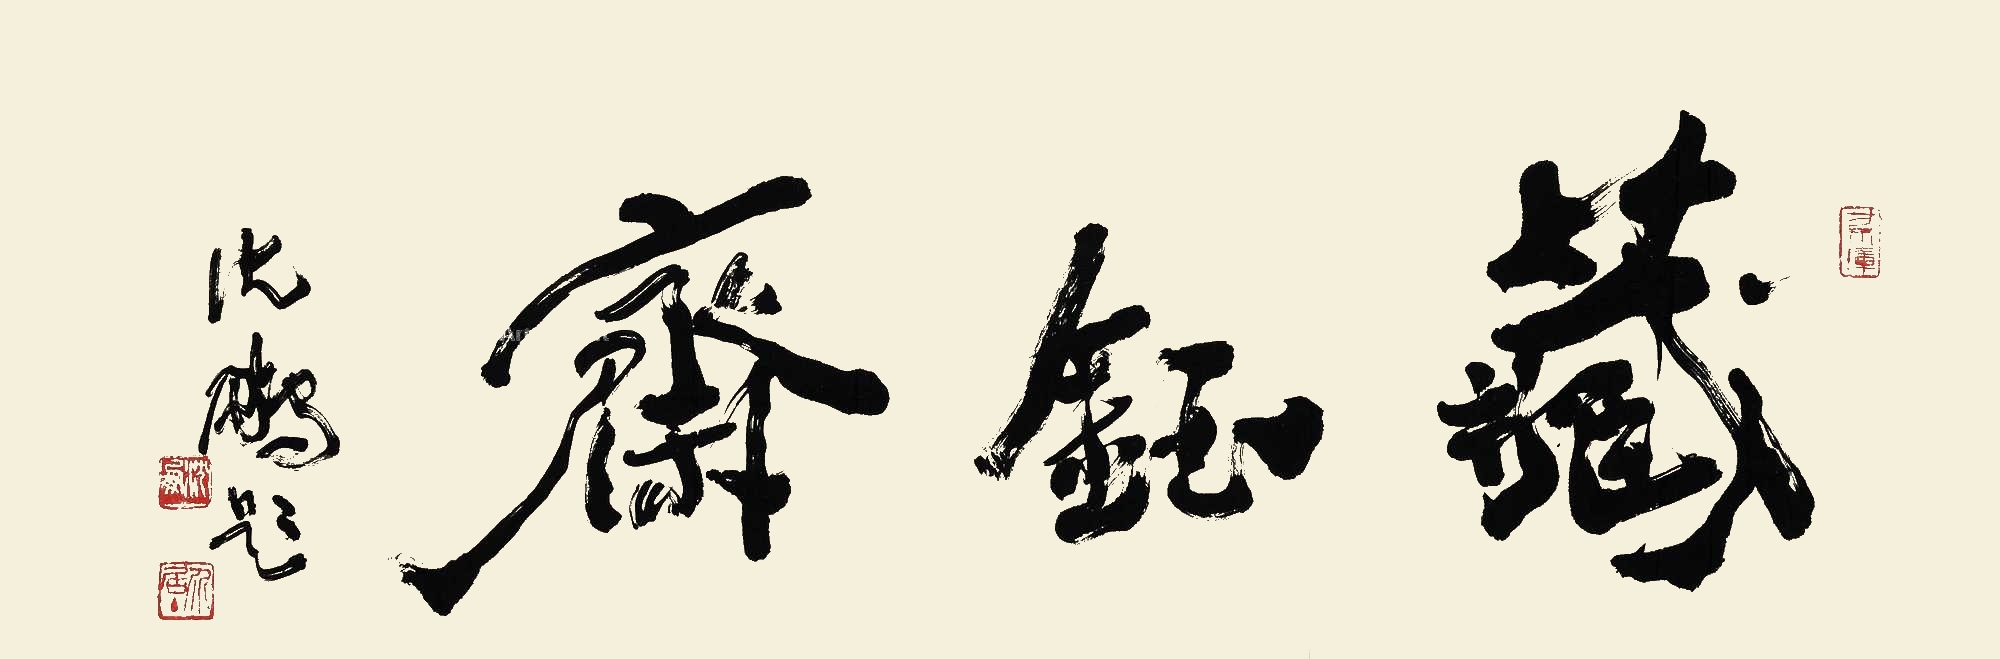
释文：藏钰斋。沈鹏题。